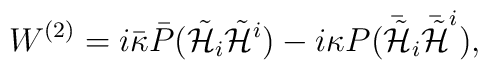
W^{(2)} = i \bar{\kappa} \bar{P} ({\tilde{\cal H}}_{i} {\tilde{\cal H}}^{i}) - i \kappa P (\bar{{\tilde{\cal H}}}_{i} \bar{{\tilde{\cal H}}}^{i}) ,